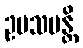
ဥပသမန္တိ